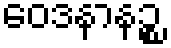
ဝေဒနာနဉ္စ